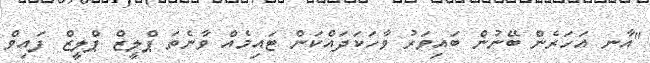
"އާނ އަހަރެން ބޭނުން ބައިވަރު ވާހަކަދައްކަން ޓައިމެއް ވާނެތަ ޕްލީޒް ޕްލީޒް ފައިވް